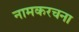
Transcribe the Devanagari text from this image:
नामकरचना